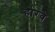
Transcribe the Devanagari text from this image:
हारवे